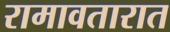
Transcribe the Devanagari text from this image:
रामावतारात